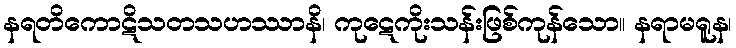
နရတိကောဋိသတသဟဿာနိ၊ ကုဋေကိုးသန်းဖြစ်ကုန်သော။ နရာမရူန၊